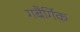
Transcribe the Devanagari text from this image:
गबैर्गिक